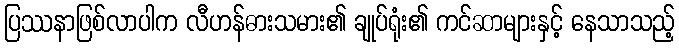
ပြဿနာဖြစ်လာပါက လီဟန်ဓားသမား၏ ချုပ်ရုံး၏ ကင်ဆာများနှင့် နေသာသည့်